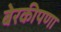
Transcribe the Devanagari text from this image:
बेरकीपणा